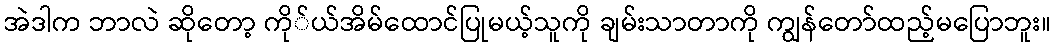
အဲဒါက ဘာလဲ ဆိုတော့ ကို်ယ်အိမ်ထောင်ပြုမယ့်သူကို ချမ်းသာတာကို ကျွန်တော်ထည့်မပြောဘူး။